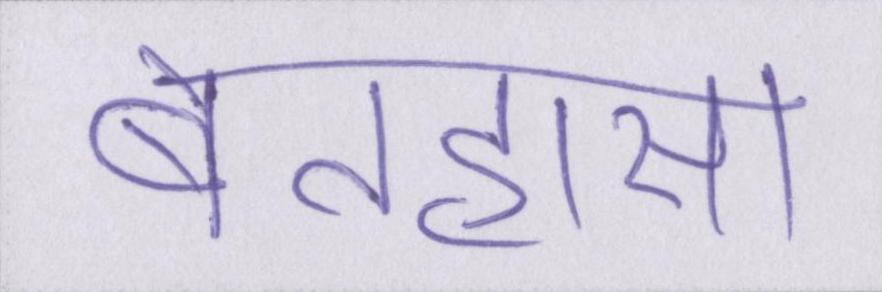
बेतहासा